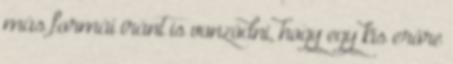
más formái iránt is vonzódni, hogy egy kis erőre